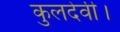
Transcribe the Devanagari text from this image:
कुलदेवी।